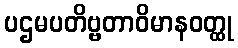
ပဌမပတိဗ္ဗတာဝိမာနဝတ္ထု